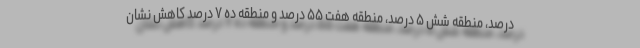
درصد، منطقه شش ۵ درصد، منطقه هفت ۵۵ درصد و منطقه ده ۷ درصد کاهش نشان